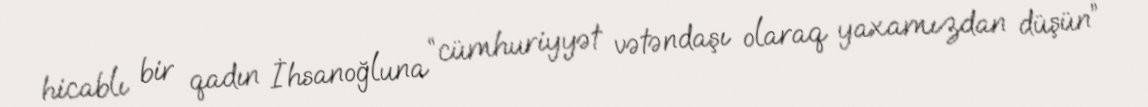
hicablı bir qadın İhsanoğluna “cümhuriyyət vətəndaşı olaraq yaxamızdan düşün”